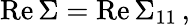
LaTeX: \mathrm{Re}\, \Sigma=\mathrm{Re}\, {\Sigma}_{11}\, ,